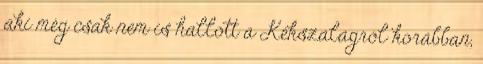
aki még csak nem is hallott a Kékszalagról korábban,